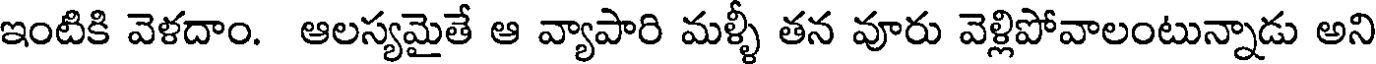
ఇంటికి వెళదాం. ఆలస్యమైతే ఆ వ్యాపారి మళ్ళీ తన వూరు వెళ్లిపోవాలంటున్నాడు అని